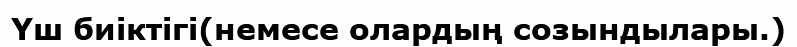
Үш биіктігі(немесе олардың созындылары.)